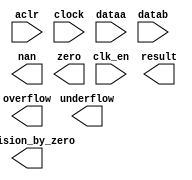
// megafunction wizard: %ALTFP_DIV%VBB%
// GENERATION: STANDARD
// VERSION: WM1.0
// MODULE: altfp_div 

// ============================================================
// Megafunction Name(s):
// 			altfp_div
//
// Simulation Library Files(s):
// 			
// ============================================================
// ************************************************************
// THIS IS A WIZARD-GENERATED FILE. DO NOT EDIT THIS FILE!
//
// 11.1 Build 173 11/01/2011 SJ Full Version
// ************************************************************

//Copyright (C) 1991-2011 Altera Corporation
//Your use of Altera Corporation's design tools, logic functions 
//and other software and tools, and its AMPP partner logic 
//functions, and any output files from any of the foregoing 
//(including device programming or simulation files), and any 
//associated documentation or information are expressly subject 
//to the terms and conditions of the Altera Program License 
//Subscription Agreement, Altera MegaCore Function License 
//Agreement, or other applicable license agreement, including, 
//without limitation, that your use is for the sole purpose of 
//programming logic devices manufactured by Altera and sold by 
//Altera or its authorized distributors.  Please refer to the 
//applicable agreement for further details.

module altfp_div_mf (
	aclr,
	clk_en,
	clock,
	dataa,
	datab,
	division_by_zero,
	nan,
	overflow,
	result,
	underflow,
	zero)/* synthesis synthesis_clearbox = 1 */;

	input	  aclr;
	input	  clk_en;
	input	  clock;
	input	[31:0]  dataa;
	input	[31:0]  datab;
	output	  division_by_zero;
	output	  nan;
	output	  overflow;
	output	[31:0]  result;
	output	  underflow;
	output	  zero;

endmodule

// ============================================================
// CNX file retrieval info
// ============================================================
// Retrieval info: PRIVATE: INTENDED_DEVICE_FAMILY STRING "Stratix IV"
// Retrieval info: PRIVATE: SYNTH_WRAPPER_GEN_POSTFIX STRING "0"
// Retrieval info: LIBRARY: altera_mf altera_mf.altera_mf_components.all
// Retrieval info: CONSTANT: DENORMAL_SUPPORT STRING "NO"
// Retrieval info: CONSTANT: INTENDED_DEVICE_FAMILY STRING "Stratix IV"
// Retrieval info: CONSTANT: OPTIMIZE STRING "SPEED"
// Retrieval info: CONSTANT: PIPELINE NUMERIC "14"
// Retrieval info: CONSTANT: REDUCED_FUNCTIONALITY STRING "NO"
// Retrieval info: CONSTANT: WIDTH_EXP NUMERIC "8"
// Retrieval info: CONSTANT: WIDTH_MAN NUMERIC "23"
// Retrieval info: USED_PORT: aclr 0 0 0 0 INPUT NODEFVAL "aclr"
// Retrieval info: USED_PORT: clk_en 0 0 0 0 INPUT NODEFVAL "clk_en"
// Retrieval info: USED_PORT: clock 0 0 0 0 INPUT NODEFVAL "clock"
// Retrieval info: USED_PORT: dataa 0 0 32 0 INPUT NODEFVAL "dataa[31..0]"
// Retrieval info: USED_PORT: datab 0 0 32 0 INPUT NODEFVAL "datab[31..0]"
// Retrieval info: USED_PORT: division_by_zero 0 0 0 0 OUTPUT NODEFVAL "division_by_zero"
// Retrieval info: USED_PORT: nan 0 0 0 0 OUTPUT NODEFVAL "nan"
// Retrieval info: USED_PORT: overflow 0 0 0 0 OUTPUT NODEFVAL "overflow"
// Retrieval info: USED_PORT: result 0 0 32 0 OUTPUT NODEFVAL "result[31..0]"
// Retrieval info: USED_PORT: underflow 0 0 0 0 OUTPUT NODEFVAL "underflow"
// Retrieval info: USED_PORT: zero 0 0 0 0 OUTPUT NODEFVAL "zero"
// Retrieval info: CONNECT: @aclr 0 0 0 0 aclr 0 0 0 0
// Retrieval info: CONNECT: @clk_en 0 0 0 0 clk_en 0 0 0 0
// Retrieval info: CONNECT: @clock 0 0 0 0 clock 0 0 0 0
// Retrieval info: CONNECT: @dataa 0 0 32 0 dataa 0 0 32 0
// Retrieval info: CONNECT: @datab 0 0 32 0 datab 0 0 32 0
// Retrieval info: CONNECT: division_by_zero 0 0 0 0 @division_by_zero 0 0 0 0
// Retrieval info: CONNECT: nan 0 0 0 0 @nan 0 0 0 0
// Retrieval info: CONNECT: overflow 0 0 0 0 @overflow 0 0 0 0
// Retrieval info: CONNECT: result 0 0 32 0 @result 0 0 32 0
// Retrieval info: CONNECT: underflow 0 0 0 0 @underflow 0 0 0 0
// Retrieval info: CONNECT: zero 0 0 0 0 @zero 0 0 0 0
// Retrieval info: GEN_FILE: TYPE_NORMAL altfp_div_mf.v TRUE
// Retrieval info: GEN_FILE: TYPE_NORMAL altfp_div_mf.inc TRUE
// Retrieval info: GEN_FILE: TYPE_NORMAL altfp_div_mf.cmp TRUE
// Retrieval info: GEN_FILE: TYPE_NORMAL altfp_div_mf.bsf TRUE
// Retrieval info: GEN_FILE: TYPE_NORMAL altfp_div_mf_inst.v TRUE
// Retrieval info: GEN_FILE: TYPE_NORMAL altfp_div_mf_bb.v TRUE